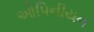
ઓપિનીયન